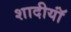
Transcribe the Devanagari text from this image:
शादीयाॅं